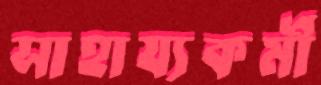
সাহায্যকর্মী